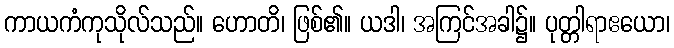
ကာယကံကုသိုလ်သည်။ ဟောတိ၊ ဖြစ်၏။ ယဒါ၊ အကြင်အခါ၌။ ပုတ္တါရာဧယော၊